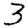
Digit: 3